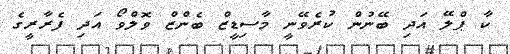
ކާ ޕްލޭ އަދި ބޭނުން ކުރެވޭނީ މާސިޑީޒް ބެންޒް ވޮލްވޯ އަދި ފެރާރީގެ